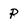
Character: P